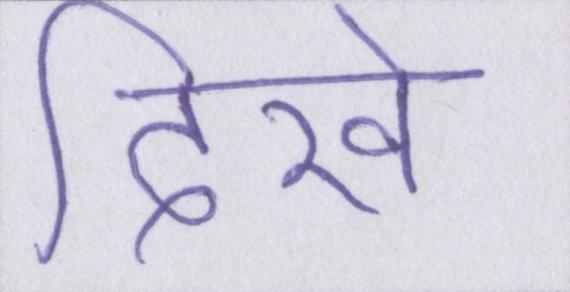
दिखे